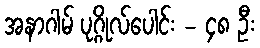
အနာဂါမ် ပုဂ္ဂိုလ်ပေါင်း - ၄၈ ဦး